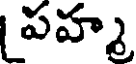
పహ్మ